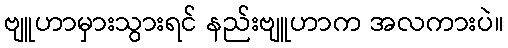
ဗျူဟာမှားသွားရင် နည်းဗျူဟာက အလကားပဲ။